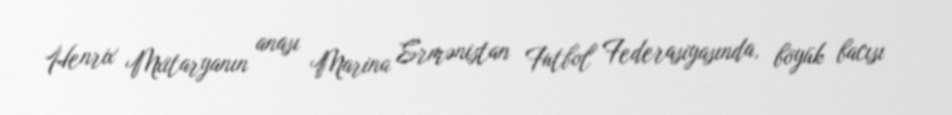
Henrix Mxitaryanın anası Marina Ermənistan Futbol Federasiyasında, böyük bacısı